Document type: Confirmation
Year: 1374
Scribe: Ramon Camat
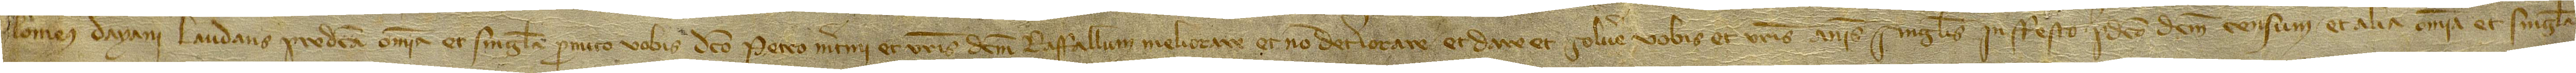
lomeus Dayani laudans predicta omnia et singula promito vobis dicto Petro Martini et vestris dictum Raffallum meliorare et non deteriorare et dare et solvere vobis et vestris annis singulis in festo predicto dictum censum et alia omnia et singula